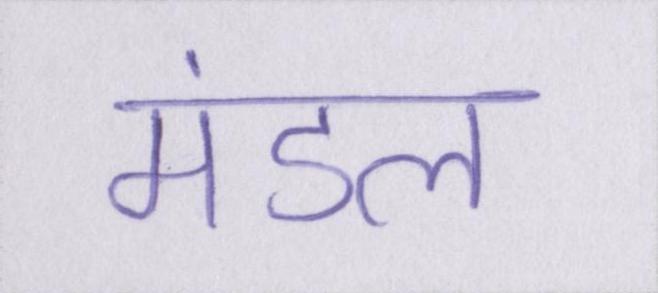
मंडल